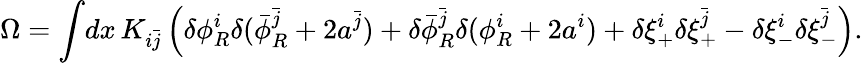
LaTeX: \Omega=\int\! dx\, K_{i\bar{j}}\left(\delta\phi_{R}^{i}\delta(\bar{\phi}_{R}^{\bar{j}}+2a^{\bar{j}})+\delta\bar{\phi}_{R}^{\bar{j}}\delta(\phi_{R}^{i}+2a^{i})+\delta\xi_{+}^{i}\delta\xi_{+}^{\bar{j}}-\delta\xi_{-}^{i}\delta\xi_{-}^{\bar{j}}\right).